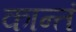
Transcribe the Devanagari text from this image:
कान्तं